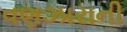
વણઝારાની